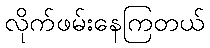
လိုက်ဖမ်းနေကြတယ်